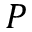
P